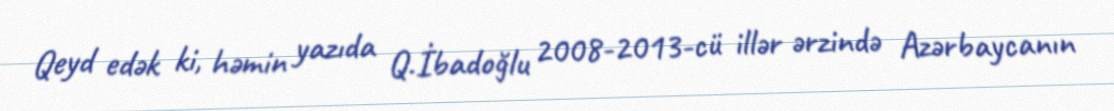
Qeyd edək ki, həmin yazıda Q.İbadoğlu 2008-2013-cü illər ərzində Azərbaycanın